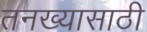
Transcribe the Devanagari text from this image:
तनख्यासाठी